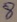
Text: 8